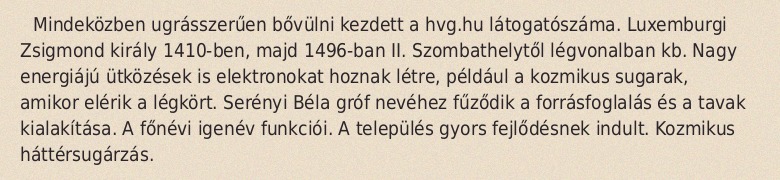
Mindeközben ugrásszerűen bővülni kezdett a hvg.hu látogatószáma. Luxemburgi Zsigmond király 1410-ben, majd 1496-ban II. Szombathelytől légvonalban kb. Nagy energiájú ütközések is elektronokat hoznak létre, például a kozmikus sugarak, amikor elérik a légkört. Serényi Béla gróf nevéhez fűződik a forrásfoglalás és a tavak kialakítása. A főnévi igenév funkciói. A település gyors fejlődésnek indult. Kozmikus háttérsugárzás.